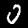
Label: 0